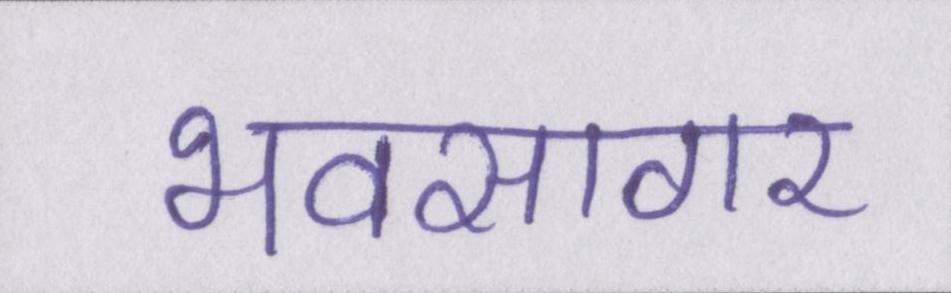
भवसागर